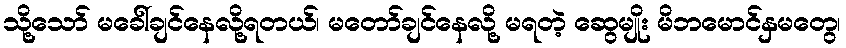
သို့သော် မခေါ်ချင်နေလို့ရတယ်၊ မတော်ချင်နေလို့ မရတဲ့ ဆွေမျိုး မိဘမောင်နှမတွေ၊